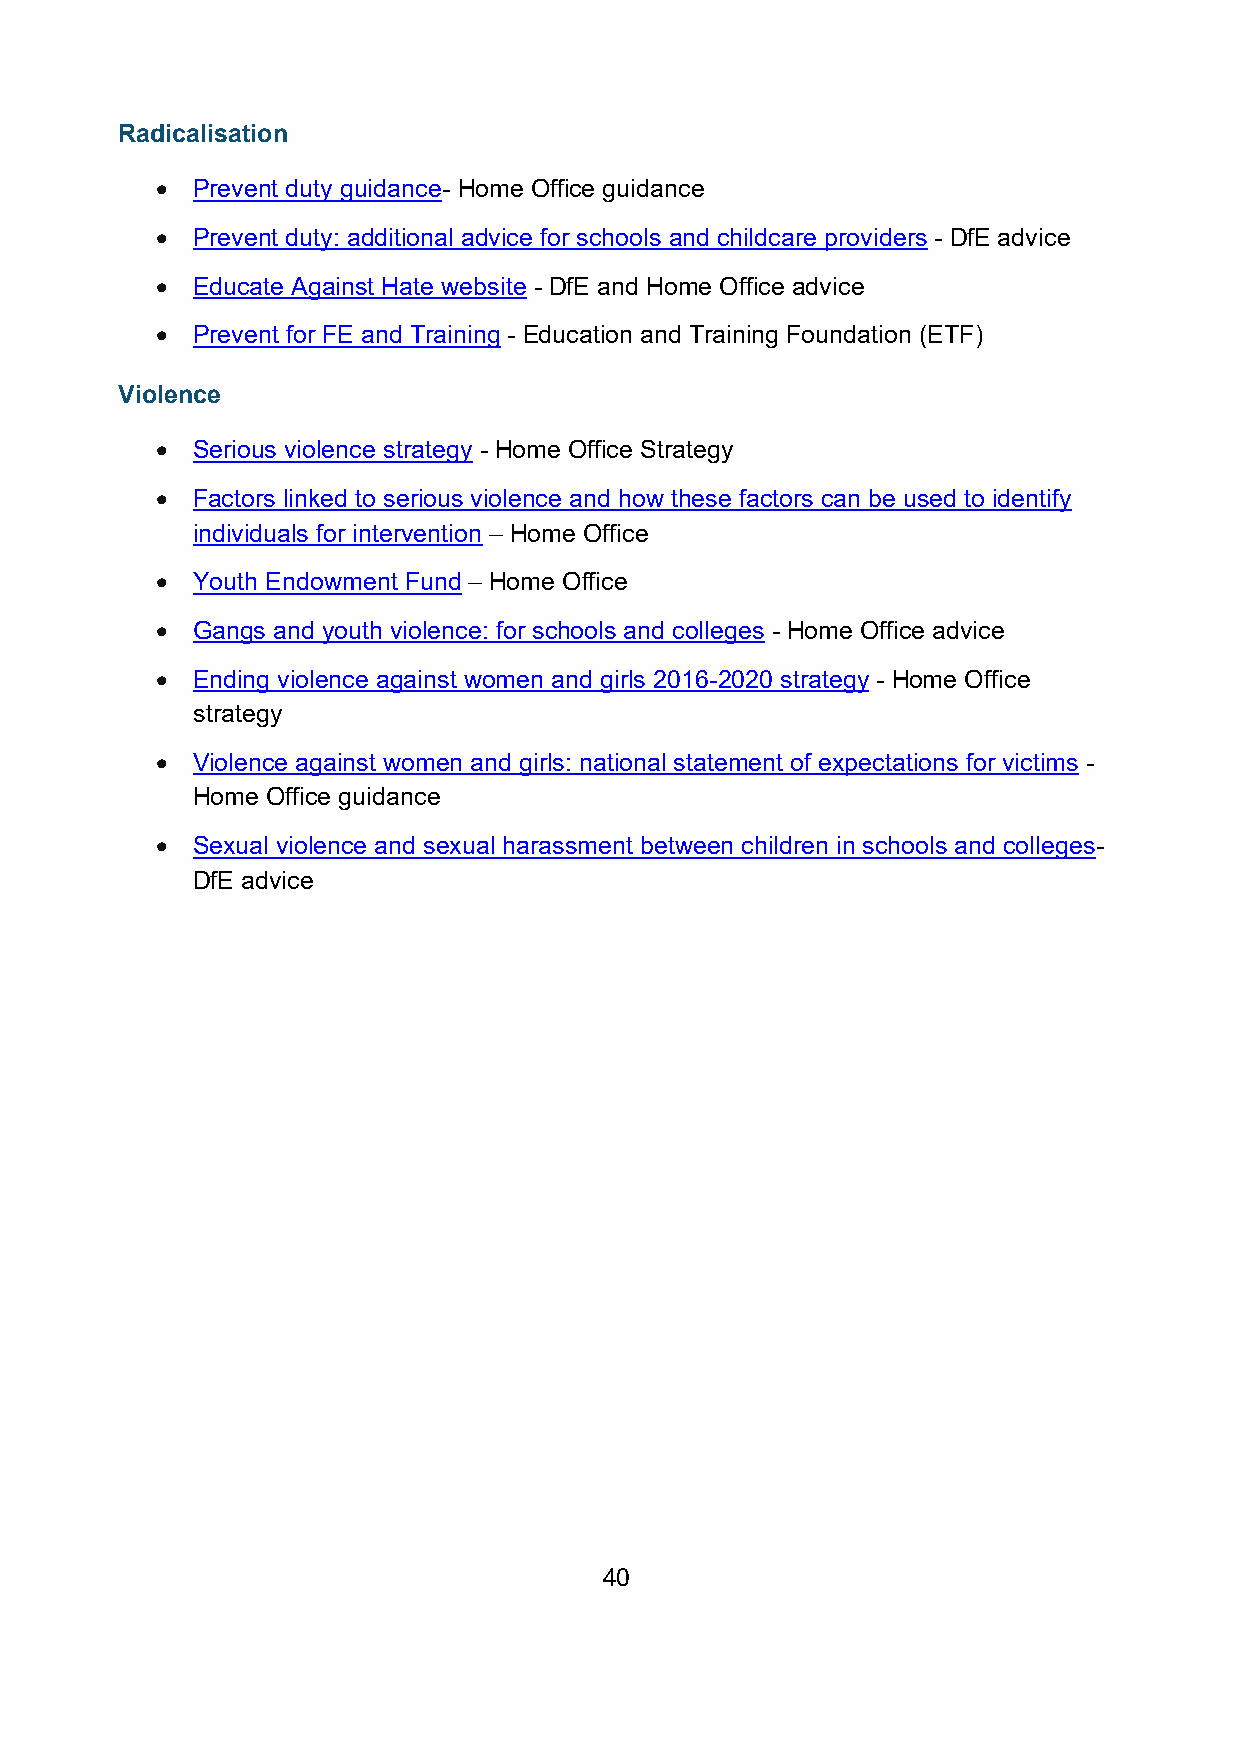
Radicalisation
 •  Prevent duty guidance- Home Office guidance
 •  Prevent duty: additional advice for schools and childcare providers - DfE advice
 •  Educate Against Hate website - DfE and Home Office advice
 •  Prevent for FE and Training - Education and Training Foundation (ETF)
 Violence
 •  Serious violence strategy - Home Office Strategy
 •  Factors linked to serious violence and how these factors can be used to identify
 individuals for intervention – Home Office
 •  Youth Endowment Fund – Home Office
 •  Gangs and youth violence: for schools and colleges - Home Office advice
 •  Ending violence against women and girls 2016-2020 strategy - Home Office
 strategy
 •  Violence against women and girls: national statement of expectations for victims -
 Home Office guidance
 •  Sexual violence and sexual harassment between children in schools and colleges-
 DfE advice
 40